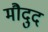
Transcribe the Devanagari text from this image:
मौदुद